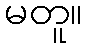
မတူ။